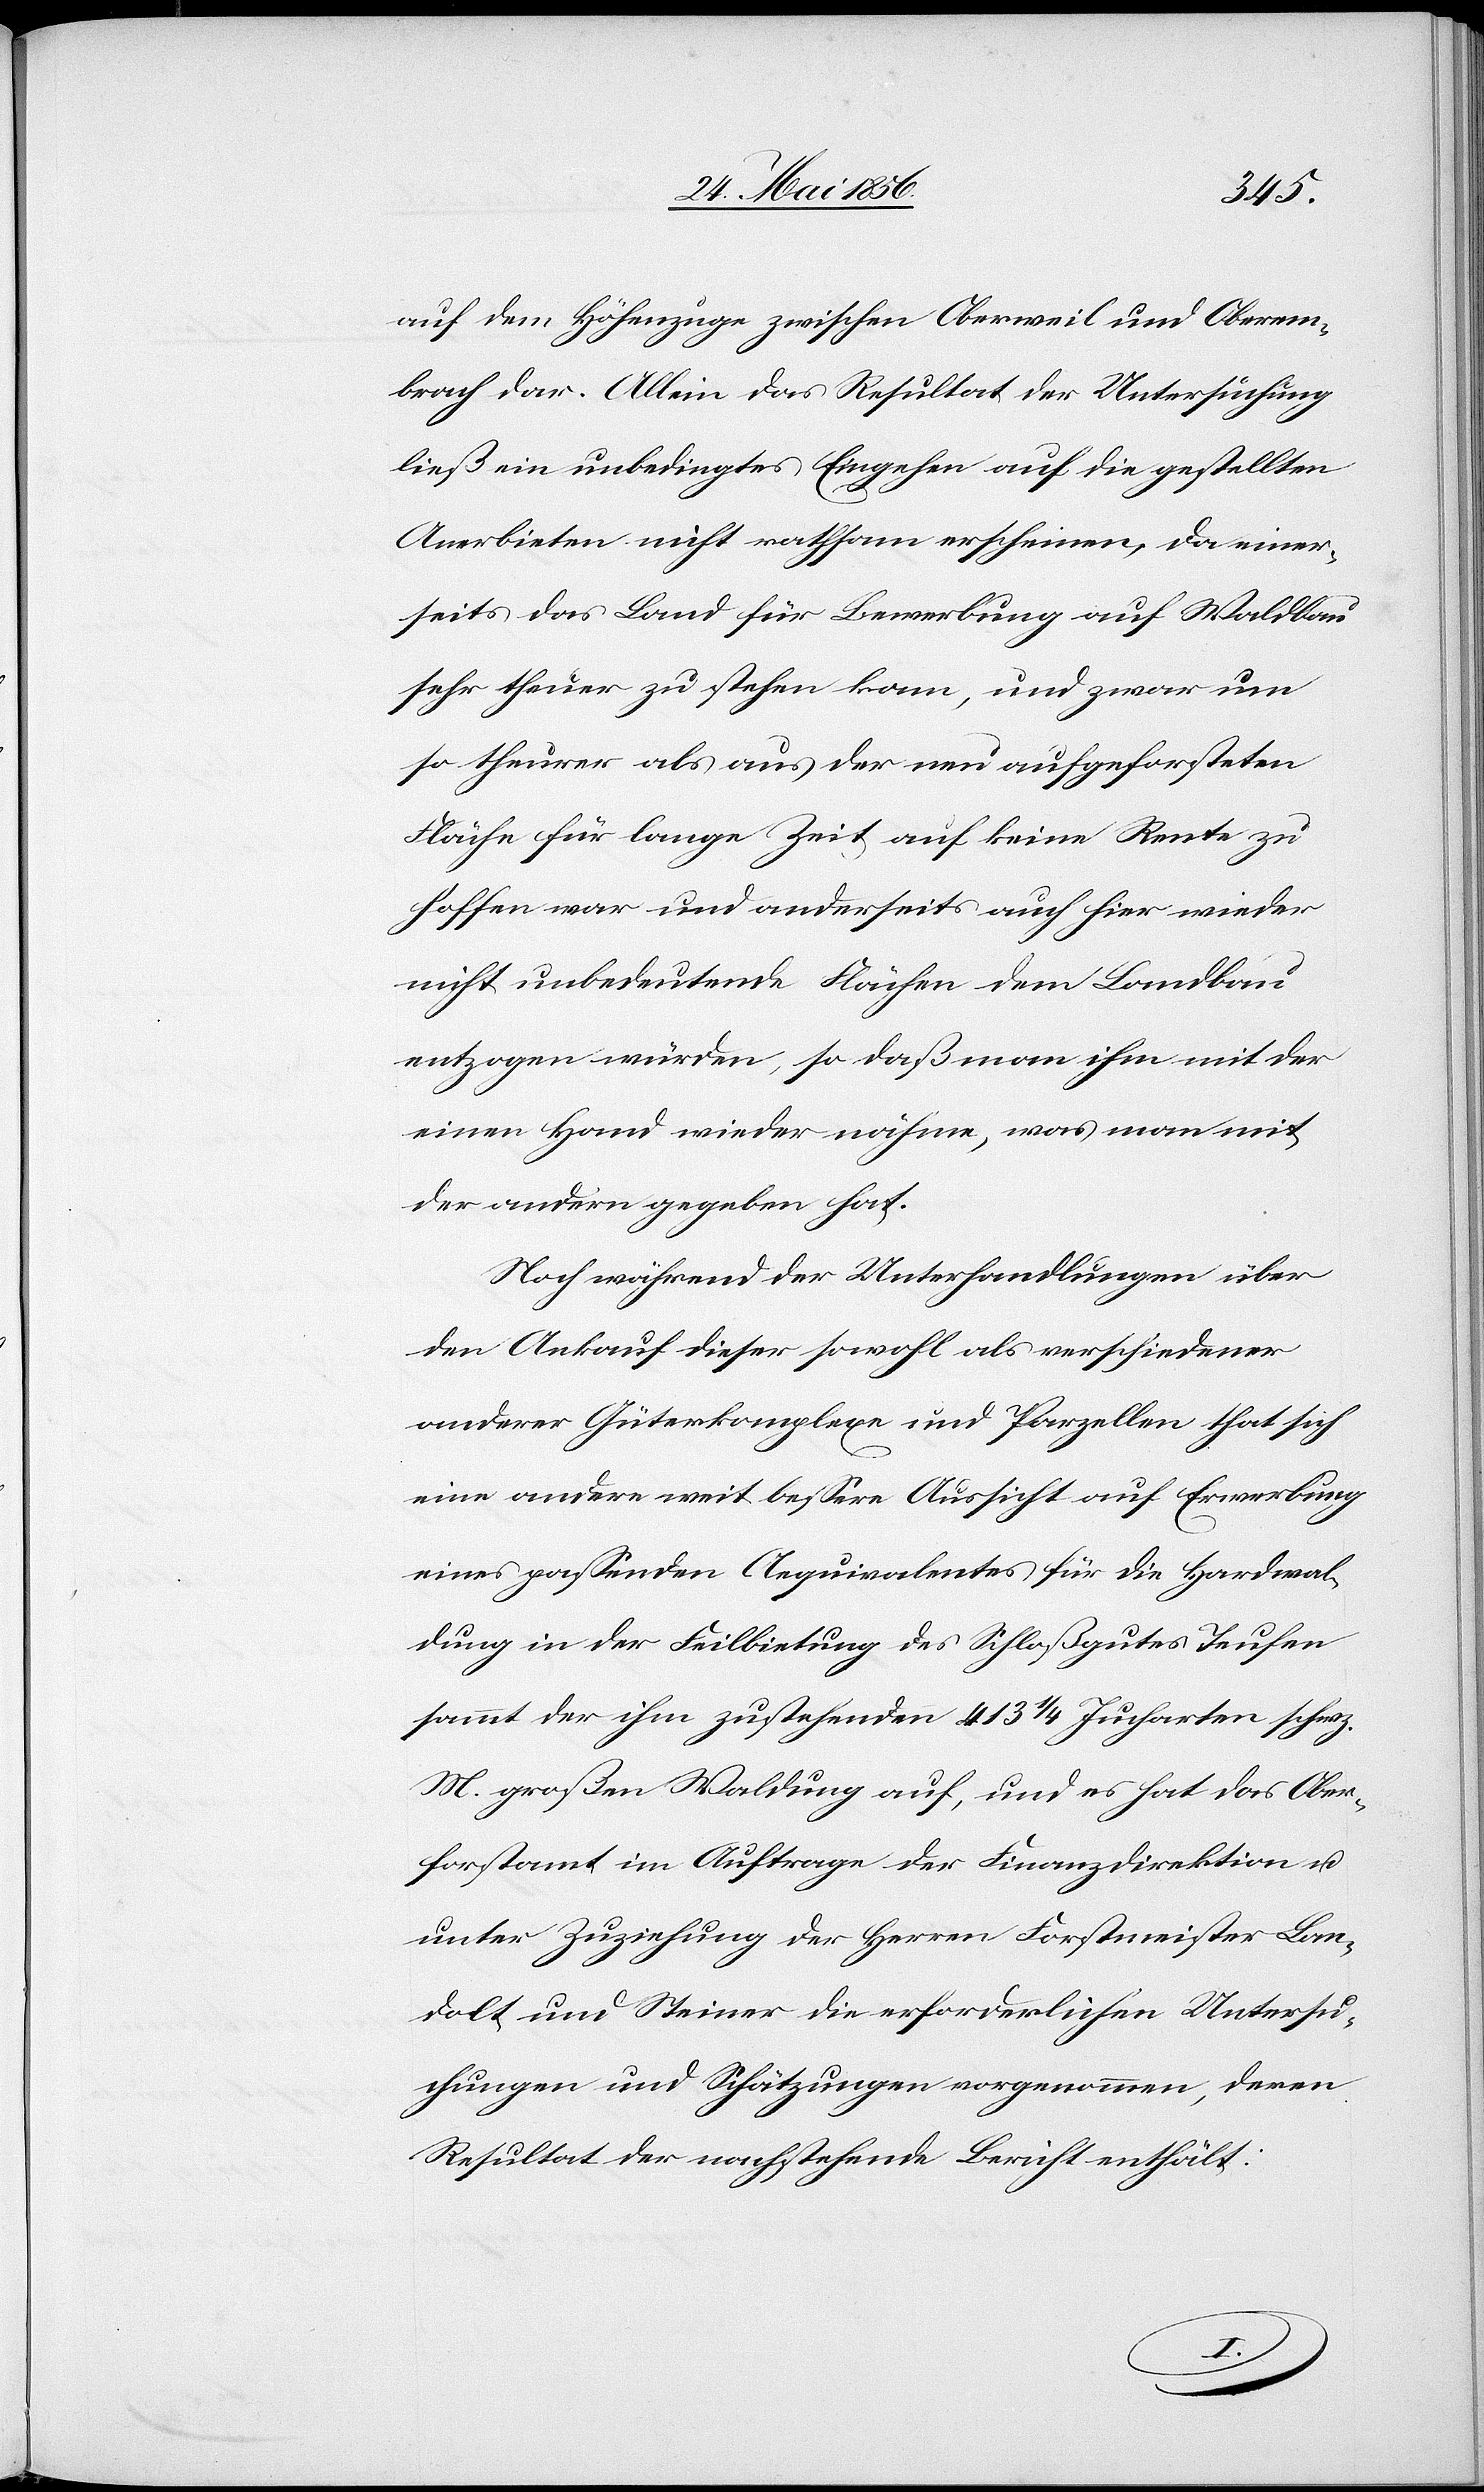
auf dem Höhenzuge zwischen Oberweil und Oberem¬
brach dar. Allein das Resultat der Untersuchung
ließ ein unbedingtes Eingehen auf die gestellten
Anerbieten nicht rathsam erscheinen, da einer¬
seits das Land für Bewerbung auf Waldbau
sehr theuer zu stehen kam, und zwar um
so theurer als aus der neu aufgeforsteten
Fläche für lange Zeit auf keine Rente zu
hoffen war und anderseits auch hier wieder
nicht unbedeutende Flächen dem Landbau
entzogen würden, so daß man ihm mit der
einen Hand wieder nähme, was man mit
der andern gegeben hat.
Noch während der Unterhandlungen über
den Ankauf dieser sowohl als verschiedener
anderer Güterkomplexe und Parzellen that sich
eine andere weit bessere Aussicht auf Erwerbung
eines passenden Aequivalentes für die Hardwal¬
dung in der Feilbietung des Schloßgutes Teufen
sammt der ihm zustehenden 413 ¼ Jucharten schwz.
M. großen Waldung auf, und es hat das Ober¬
forstamt im Auftrage der Finanzdirektion u.
unter Zuziehung der Herren Forstmeister Lan¬
dolt und Steiner die erforderlichen Untersu¬
chungen und Schätzungen vorgenommen, deren
Resultat der nachstehende Bericht enthält: